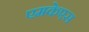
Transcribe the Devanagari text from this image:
एमकेएस